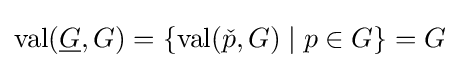
\operatorname {val} ({\underline {G}},G)=\{\operatorname {val} ({\check {p}},G)\mid p\in G\}=G